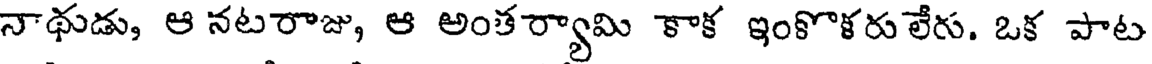
నాథుడు, ఆ నటరాజు, ఆ అంతర్యామి కాక ఇంకొళరులేరు. ఒక పాట